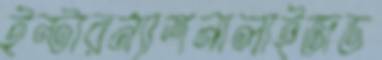
ইন্টারন্যাশনালাইজড